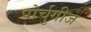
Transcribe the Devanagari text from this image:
पोर्चुगीज